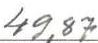
49,87